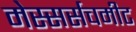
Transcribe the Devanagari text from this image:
मेस्सर्सचमीट